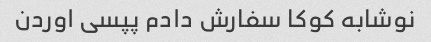
نوشابه کوکا سفارش دادم پپسی اوردن